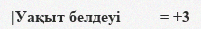
|Уақыт белдеуі          = +3